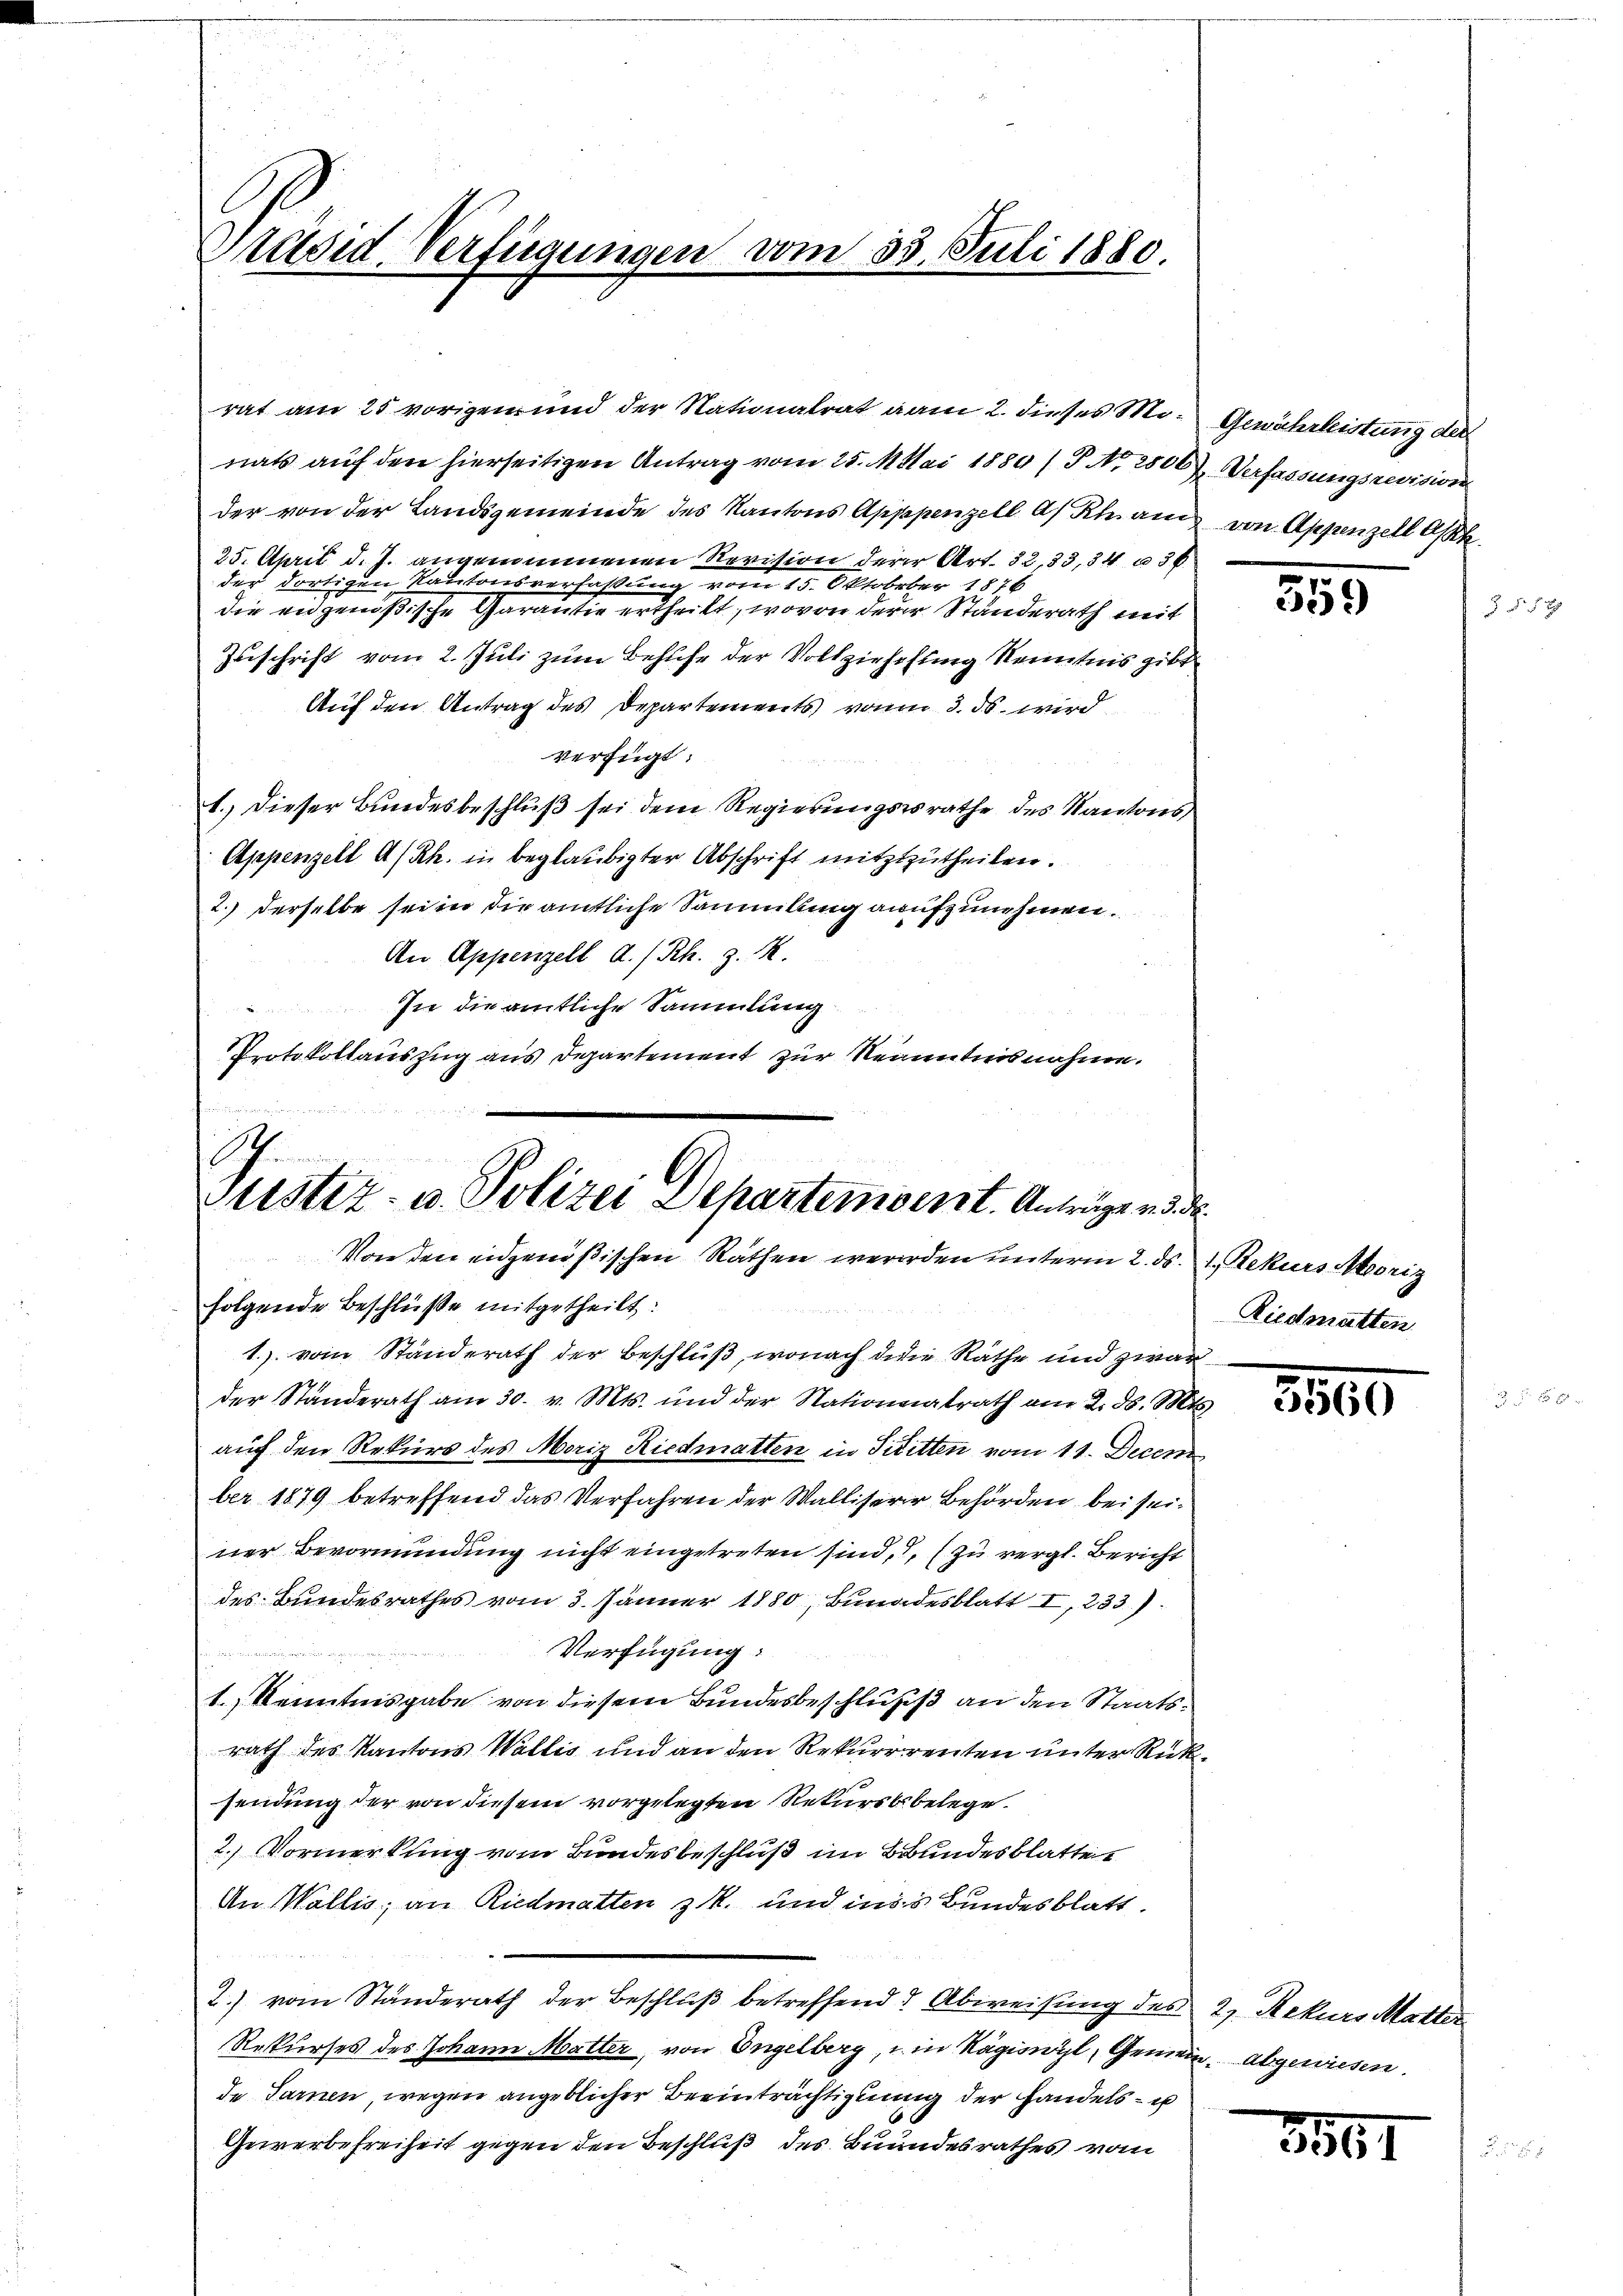
Präsid. Verfügungen vom 23. Juli 1880.

nats auf den hierseitigen Antrag vom 25. Mai 1880 / P. Nr. 2806) Verfassungsrevision
der von der Landsgemeinde des Kantons Apppenzell A/Rham von Appenzell Ak
25. April d. J. angenommenen Revision derer Art. 32, 33, 34 n 36.
der dortigen Kantonsverfaßung vom 15. Oktobeber 1876
die eidgenößische Garan die ertheilt, wovon derer Standerath mit
Zuschrift vom 2. Juli zum Behufe der Vollziehehung Kenntnis gibt
Auf den Antrag des Departements vom 3. ds wird
verfügt:
1.) Dieser Bundesbeschluß sei dem Regierungssrathe des Kantons
Appenzell A/Rh. in beglaubigter Abschrift nitztzutheilen.
2.) Derselbe sei in die amtliche Sammlung aufzunehmen.
An Appenzell A/Rh. z. B.
Ine die amtliche Sammlung
Protokollauszug aus Departement zur Kenntnis nahme.

rat am 25 vorigen und der Nationalrat vom 2. dieses Mo-Gewährleistung der

.
Justiz- u. Polizei Departement. Anträge ad. d.
Von den eidgenößischen Rathen werden unterm 2. ds. 1. Rekurs Moriz
folgende Beschlüße mitgetheilt:

1.) vom Standerath der Beschluß, wonach die Räthe und zwar
der Standerath am 30. v. Mts. und der Nationnatrath am 2. ds. Mts.
auf den Rekurs des Moriz Riedmatten in Tititten vom 11. Decem
ber 1879 betreffend das Verfahren der Walliserer Behörden bei seiner Bevormundung nicht eingetreten sind, zu vergl. Bericht
des Bundesrathes vom 3. Jänner 1880, Bundesblatt I, 233.
Verfügung:
1. Kenntnisgabe von diesem Bundesbeschluß an den Staatsrath des Kantons Wallis und an den Rekurrrenten unter Rüksendung der von diesem vorgelegten Rekursbebelege.
2. Vormerkung vom Bundesbeschluß im Bundesblattet
An Wallis, an Riedmatten z. und ins Bundesblatt.
2.) vom Standerath der Beschluß betreffend Abweisung des 2. Rekurs Mutter
Rekurses des Johann Matter, von Engelberg, u. in Rägiswyl, Gemein abgewiesen.
de Sarnen, wegen angeblicher Beeinträchtigung der Handels- u
Gewerbefreiheit gegen den Beschluß des Bundesrathes vom

359

Riedmatten

3560

3567